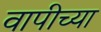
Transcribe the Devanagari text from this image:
वापीच्या